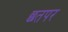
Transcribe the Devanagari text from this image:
छतपर